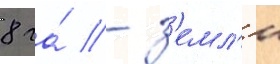
8 га́ - з'емл'и